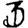
Digit: 3